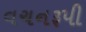
વચનરૂપી